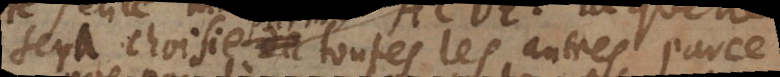
sera choisie de toutes les autres, parce